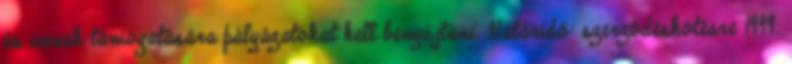
és annak támogatására pályázatokat kell benyújtani. Határidő: szerződéskötésre 1999.